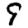
Digit: 9